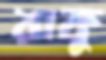
রাকু